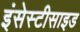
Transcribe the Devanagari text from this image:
इंसेस्टीसाइड